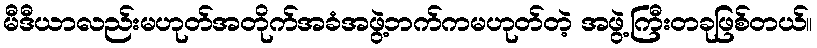
မီဒီယာလည်းမဟုတ်အတိုက်အခံအဖွဲ့ဘက်ကမဟုတ်တဲ့ အဖွဲ့ကြီးတခုဖြစ်တယ်။